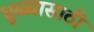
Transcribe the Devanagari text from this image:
धुळ्यासाठी